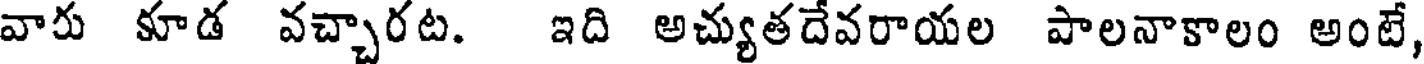
వారు కూడ వచ్చారట. ఇది అచ్యుతదేవరాయల పాలనాకాలం అంటే,